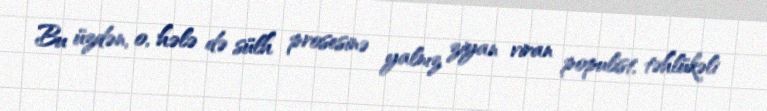
Bu üzdən, o, hələ də sülh prosesinə yalnız ziyan viran populist, təhlükəli